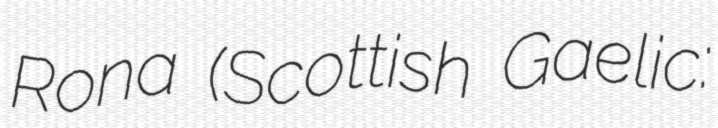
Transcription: Rona (Scottish Gaelic: